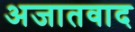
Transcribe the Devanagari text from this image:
अजातवाद